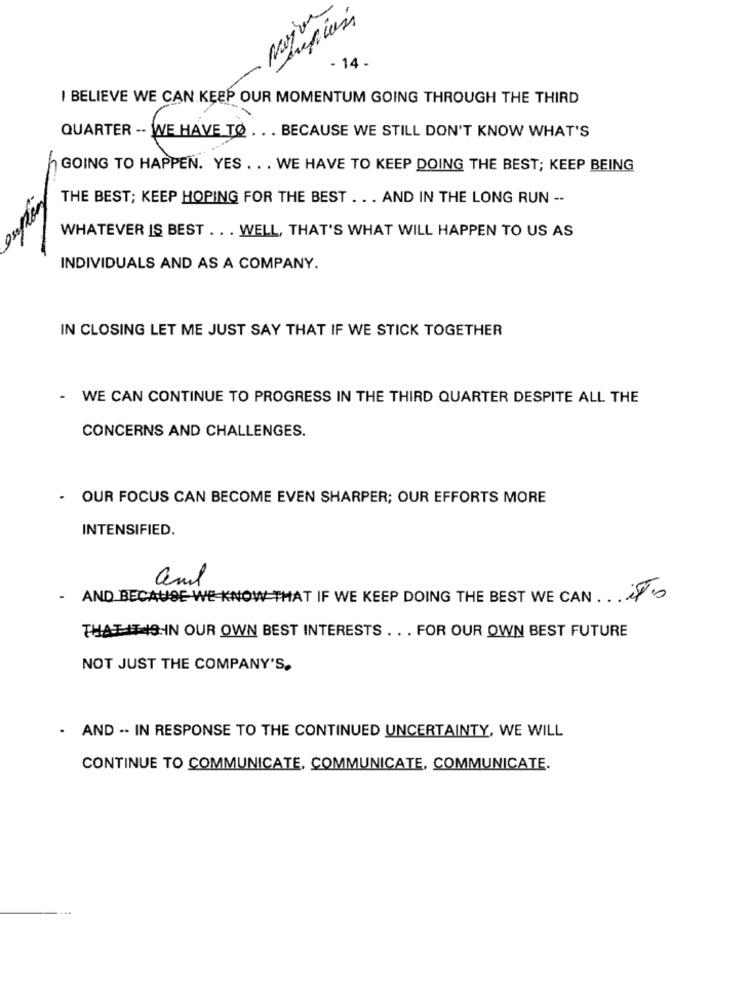
- 14.
I BELIEVE WE CAN KEEP OUR MOMENTUM GOING THROUGH THE THIRD
QUARTER -- WE HAVE TO ... BECAUSE WE STILL DON'T KNOW WHAT'S
GOING TO HAPPEN. YES . .. WE HAVE TO KEEP DOING THE BEST; KEEP BEING
Osofficer
THE BEST; KEEP HOPING FOR THE BEST .. . AND IN THE LONG RUN --
WHATEVER IS BEST . .. WELL, THAT'S WHAT WILL HAPPEN TO US AS
INDIVIDUALS AND AS A COMPANY.
IN CLOSING LET ME JUST SAY THAT IF WE STICK TOGETHER
-
WE CAN CONTINUE TO PROGRESS IN THE THIRD QUARTER DESPITE ALL THE
CONCERNS AND CHALLENGES.
.
OUR FOCUS CAN BECOME EVEN SHARPER; OUR EFFORTS MORE
INTENSIFIED.
and
AND BECAUSE WE KNOW THAT IF WE KEEP DOING THE BEST WE CAN s
THATITIS IN OUR OWN BEST INTERESTS . . . FOR OUR OWN BEST FUTURE
NOT JUST THE COMPANY'S,
- AND -- IN RESPONSE TO THE CONTINUED UNCERTAINTY, WE WILL
CONTINUE TO COMMUNICATE, COMMUNICATE, COMMUNICATE.